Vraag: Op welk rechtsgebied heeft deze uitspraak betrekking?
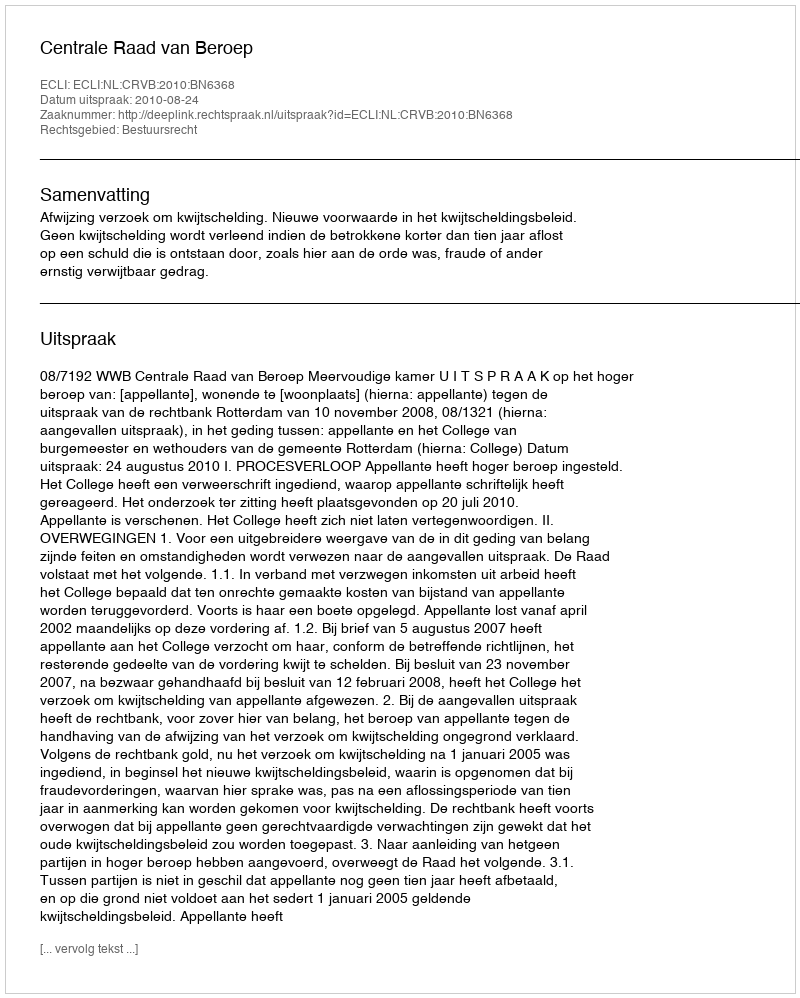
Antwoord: Bestuursrecht